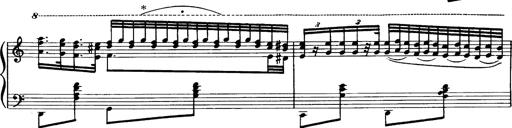
Title: Magyar dalok
Composer: Franz Liszt